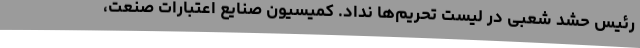
رئیس حشد شعبی در لیست تحریم‌ها نداد. کمیسیون صنایع اعتبارات صنعت،